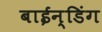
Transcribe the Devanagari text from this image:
बाईन्डिंग